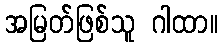
အမြတ်ဖြစ်သူ ဂါထာ။